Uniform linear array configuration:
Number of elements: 4
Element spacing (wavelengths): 0.25
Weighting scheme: blackman
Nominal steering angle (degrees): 0
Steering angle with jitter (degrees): -1.846
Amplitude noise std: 0.05
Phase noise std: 0.05

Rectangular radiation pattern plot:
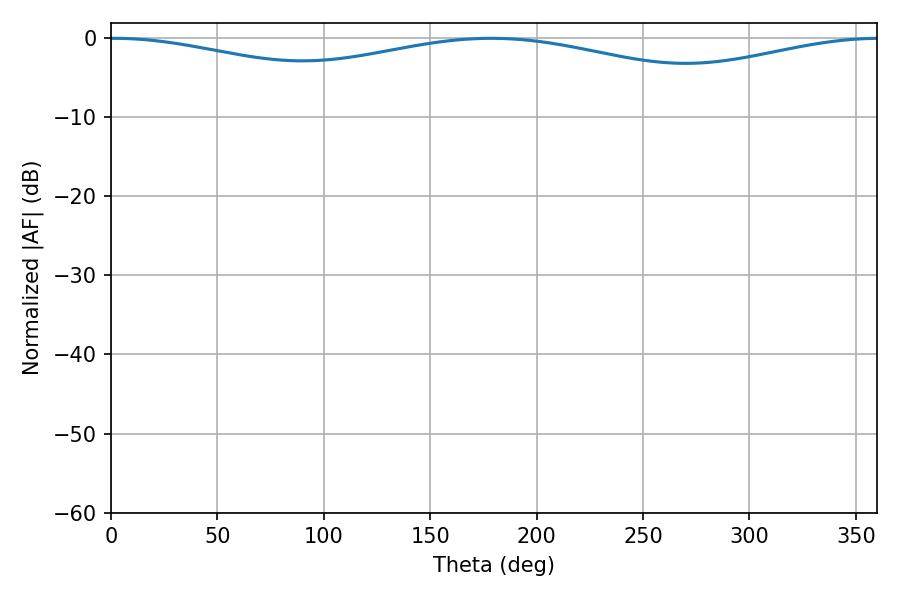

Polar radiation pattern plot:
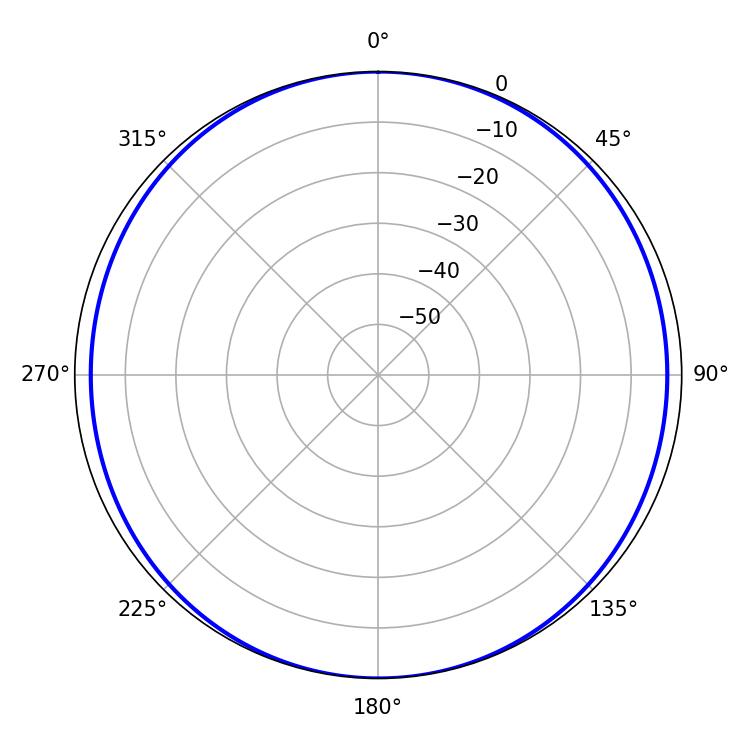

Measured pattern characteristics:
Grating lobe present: FALSE
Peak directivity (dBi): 14.901
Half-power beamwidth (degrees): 257.58
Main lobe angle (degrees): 1.26